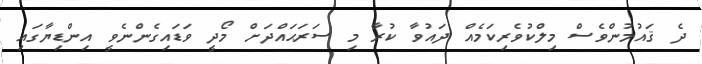
ދެ ޤައުމުންވެސް މިލްކުވެރިކަމެއް ދައުވާ ކުރާ މި ސަރަޙައްދަށް މޯދީ ވަޑައިގެންނެވީ އިންޑިޔާގައި